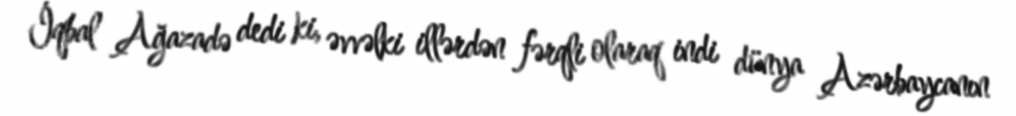
İqbal Ağazadə dedi ki, əvvəlki illərdən fərqli olaraq indi dünya Azərbaycanın